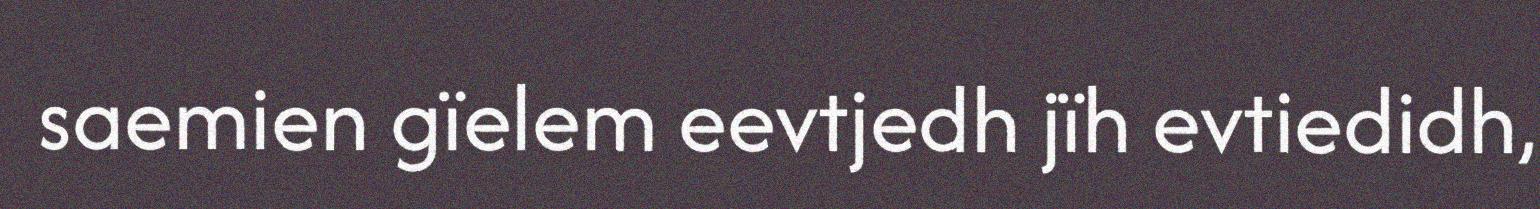
saemien gïelem eevtjedh jïh evtiedidh,